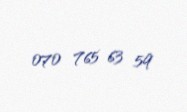
070 765 63 59